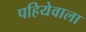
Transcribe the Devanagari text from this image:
पहियेवाला